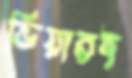
ভিয়ারই